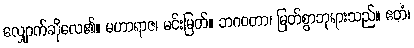
လျှောက်ဆိုလေ၏။ မဟာရာဇ၊ မင်းမြတ်။ ဘဂဝတာ၊ မြတ်စွာဘုရားသည်။ ဧတံ၊